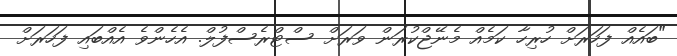
"ބައެއް ފަހަރަށް ހުރިހާ ކަމެއް މެނޭޖްކުރަން ވަރަށް ސްޓްރެސްފުލް. އެހެންވެ އެއްބައި ފަހަރަށް